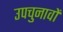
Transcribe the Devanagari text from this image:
उपचुनावों